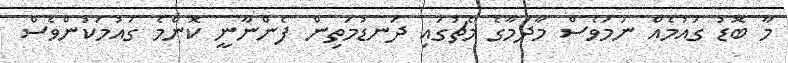
މާ ބޮޑު ގައުމެއް ނަމަވެސް މާދަމާގެ މެޗުގައި ދަނޑުމަތިން ފެންނާނީ ކޮންމެ ގައުމަކުންވެސް